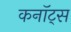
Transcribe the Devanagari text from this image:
कनॉट्स